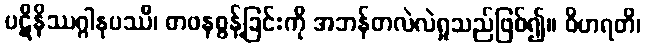
ပဋိနိဿဂ္ဂါနုပဿီ၊ တဖနစွန့်ခြင်းကို အဘန်တလဲလဲရှုသည်ဖြစ်၍။ ဝိဟရတိ၊